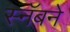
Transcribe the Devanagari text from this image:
स्नॅबने